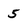
Character: 5